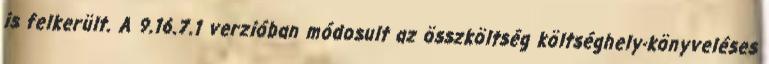
is felkerült. A 9.16.7.1 verzióban módosult az összköltség költséghely-könyveléses